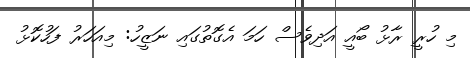
މި ހުރީ ރާޅު ބޯއީ އަދިވެސް ހަމަ އެގޮތުގައި ނަޒީހު: މިއަހަރު ފަހުކޮޅު